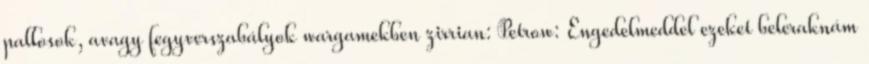
pallosok, avagy fegyverszabályok wargamekben zirrian: Petrow: Engedelmeddel ezeket beleraknám